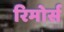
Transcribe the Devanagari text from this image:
रिमोर्स